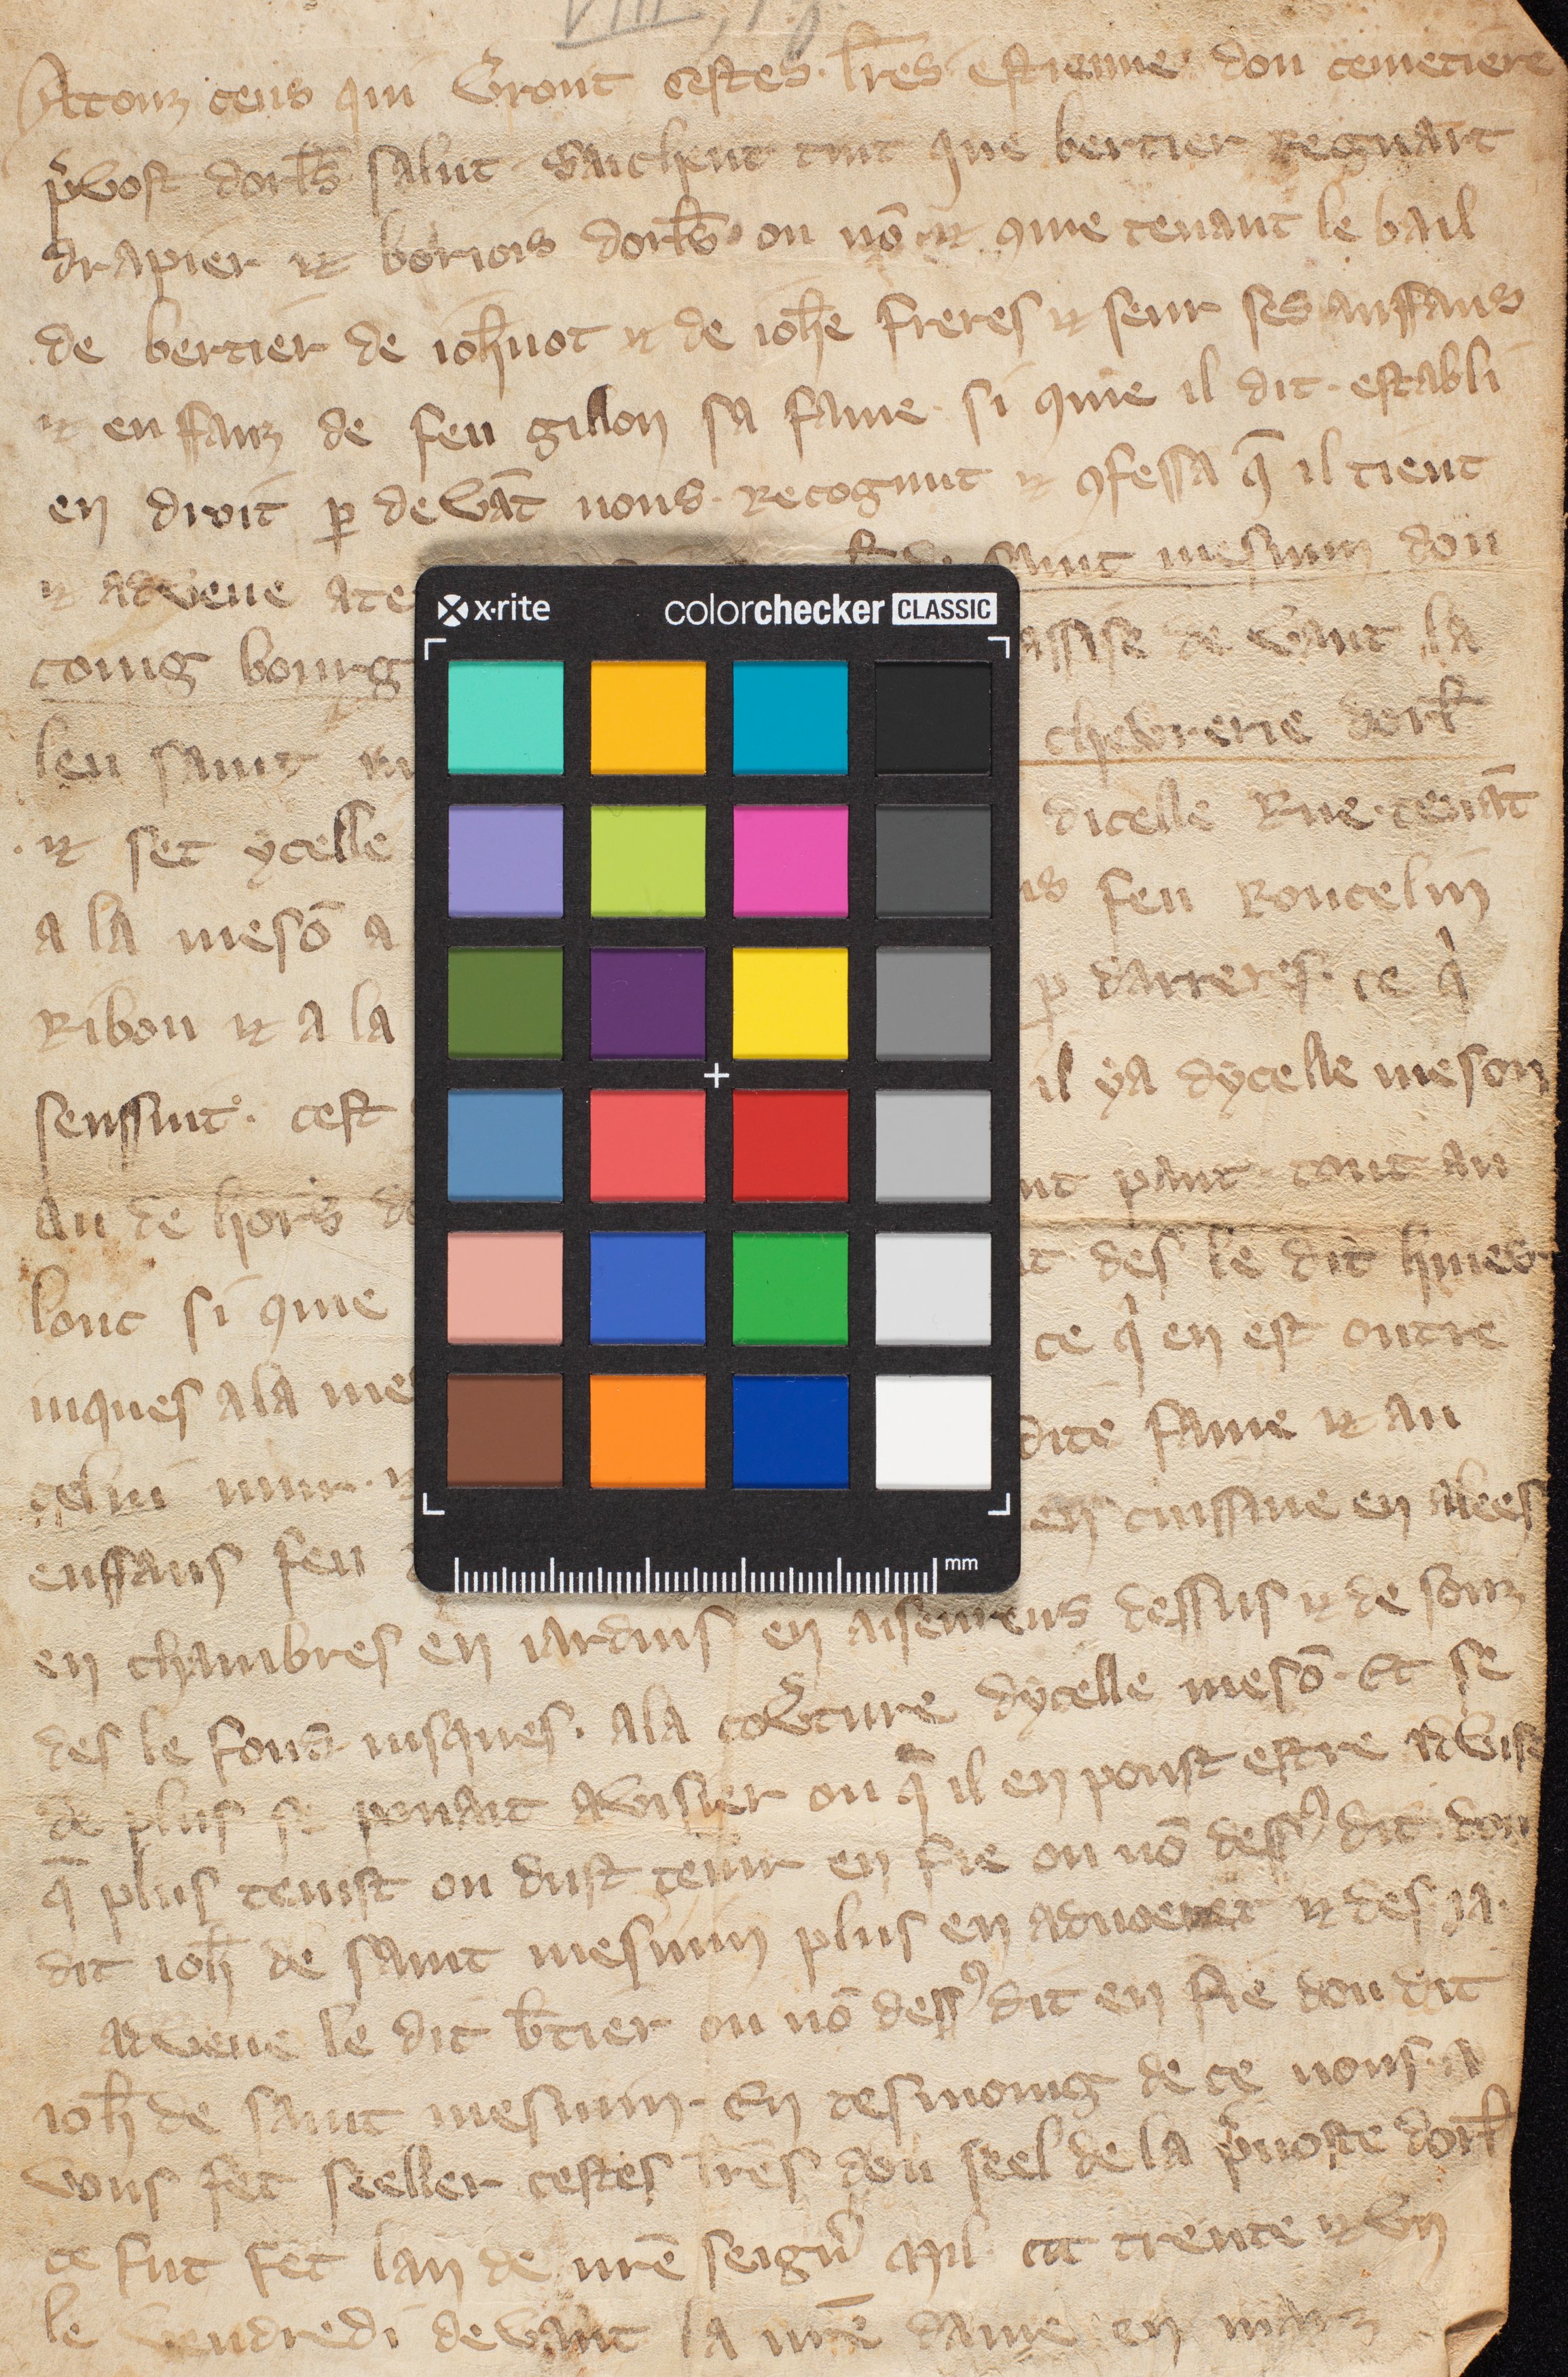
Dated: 1300–1399